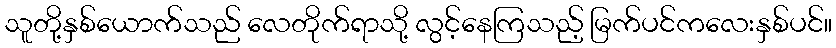
သူတို့နှစ်ယောက်သည် လေတိုက်ရာသို့ လွင့်နေကြသည့် မြက်ပင်ကလေးနှစ်ပင်။